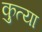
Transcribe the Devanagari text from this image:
कुत्या